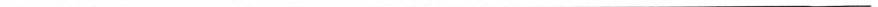
___